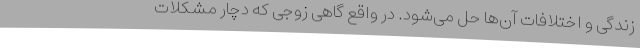
زندگی و اختلافات آن‌ها حل می‌شود. در واقع گاهی زوجی که دچار مشکلات